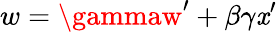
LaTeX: w=\gammaw^{\prime}+\beta\gamma\mathit{x}^{\prime}